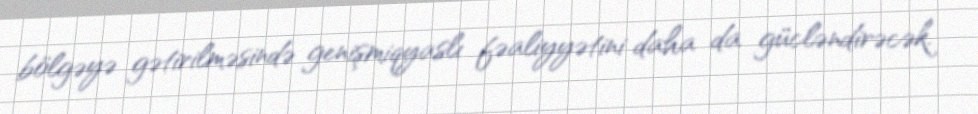
bölgəyə gətirilməsində genişmiqyaslı fəaliyyətini daha da gücləndirəcək.